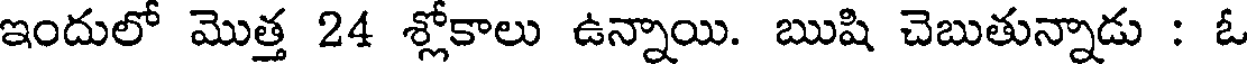
ఇందులో మొత్త 24 శ్లోకాలు ఉన్నాయి. ఋషి చెబుతున్నాడు : ఓ